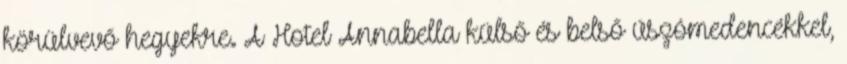
körülvevő hegyekre. A Hotel Annabella külső és belső úszómedencékkel,